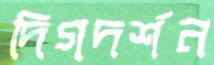
দিগদর্শন